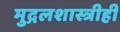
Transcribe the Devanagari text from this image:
मुद्गलशास्त्रीही